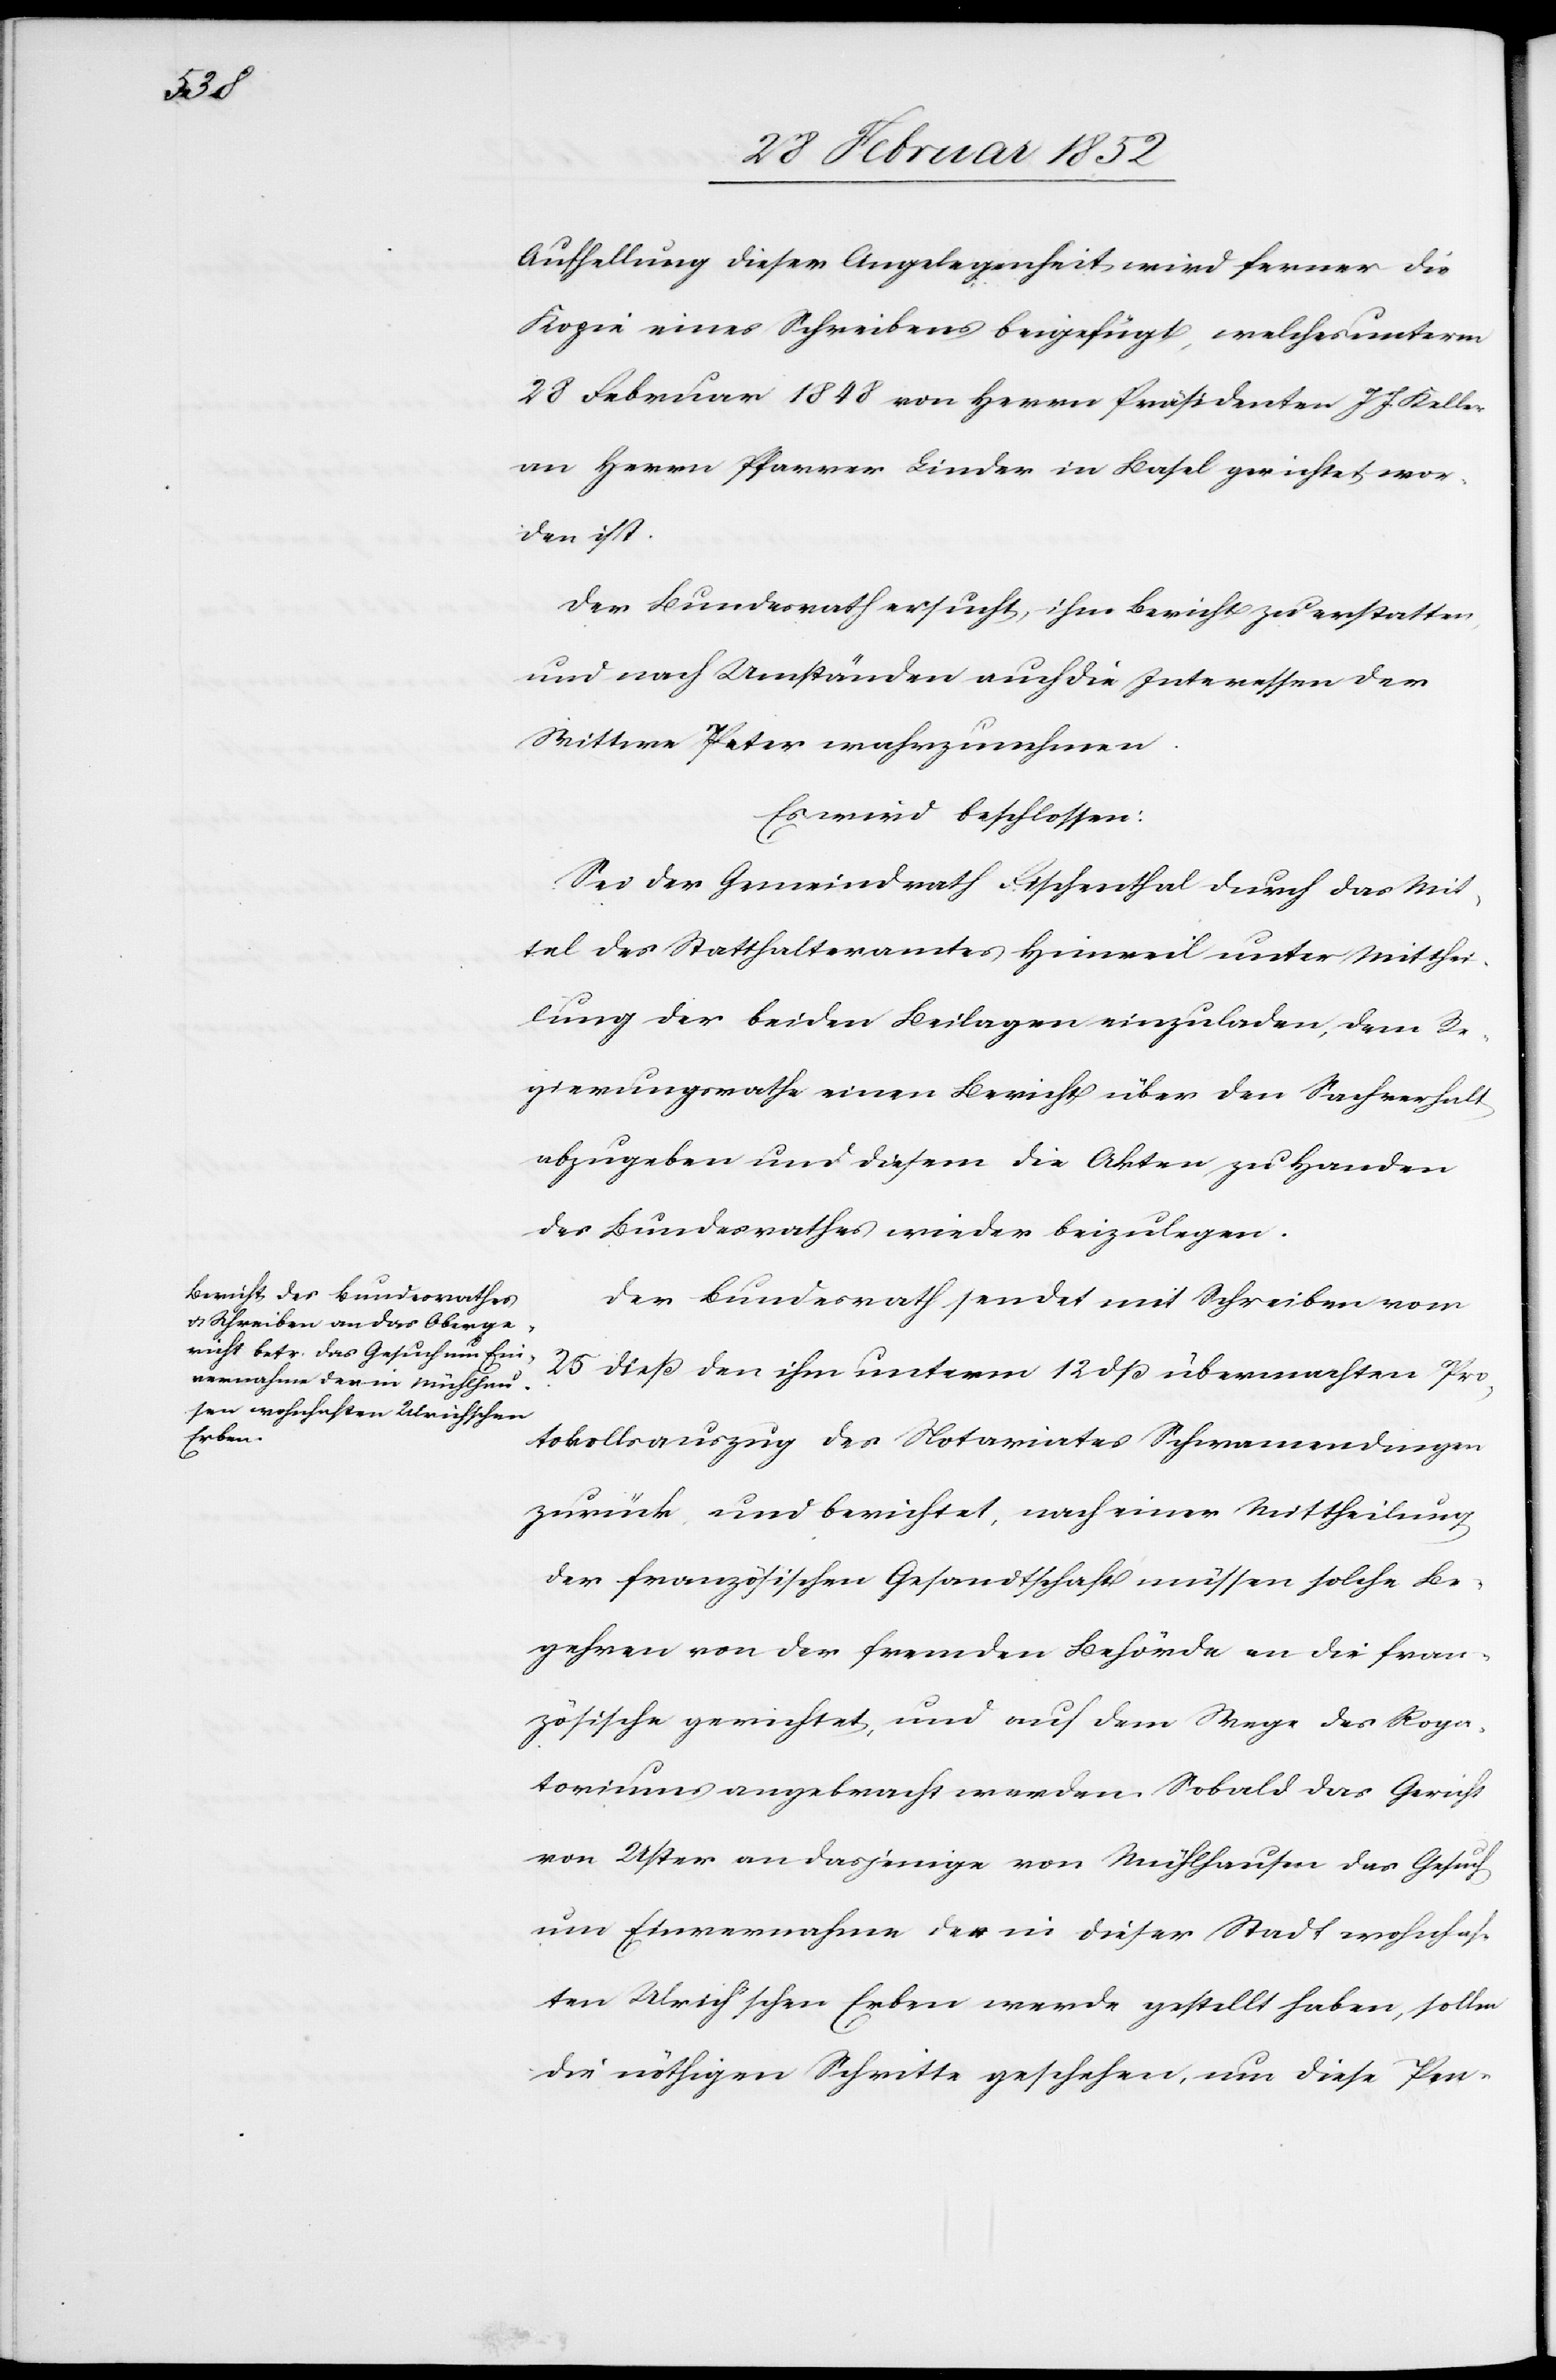
Aufhellung dieser Angelegenheit wird ferner die
Kopie eines Schreibens beigefügt, welches unterm
28 Februar 1848 von Herrn Präsidenten J. J. Keller
an Herrn Pfarrer Binder in Basel gerichtet wor¬
den ist.
Der Bundesrath ersucht, ihm Bericht zu erstatten
und nach Umständen auch die Interessen der
Wittwe Peter wahrzunehmen.
Es wird beschlossen:
Sei der Gemeindrath Fischenthal durch das Mit¬
tel des Statthalteramtes Hinweil unter Mitthei¬
lung der beiden Beilagen einzuladen, dem Re¬
gierungsrathe einen Bericht über den Sachverhalt
abzugeben und diesem die Akten zu Handen
des Bundesrathes wieder beizulegen.
Der Bundesrath sendet mit Schreiben vom
25 dieß den ihm unterm 12 dß übermachten Pro¬
tokollauszug des Notariats Schwamendingen
zurück und berichtet, nach einer Mittheilung
der französischen Gesandtschaft müssen solche Be¬
gehren von der fremden Behörden an die fran¬
zösische gerichtet, und auf dem Wege des Roga¬
toriums angebracht werden. Sobald das Gericht
von Uster an dasjenige von Mühlhausen das Gesuch
um Einvernahme der in dieser Stadt wohnhaf¬
ten Ulrichschen Erben werde gestellt haben, sollen
die nöthigen Schritte geschehen, um diese Pen-